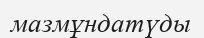
мазмұндатүды